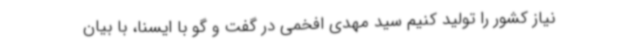
نیاز کشور را تولید کنیم سید مهدی افخمی در گفت و گو با ایسنا، با بیان